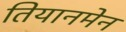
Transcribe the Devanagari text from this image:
तियानमेन